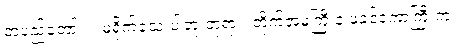
တပည့်တော်။ ။ မရိုက်သေးပါဘူးဘုရား၊ တိုက်အမကြီးနဲ့ ဖခင်ဒကာကြီးက